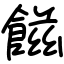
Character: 𩝐